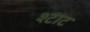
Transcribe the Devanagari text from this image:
श्टाट